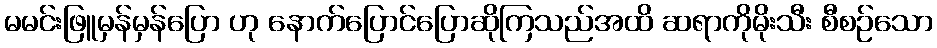
မမင်းဖြူမှန်မှန်ပြော ဟု နောက်ပြောင်ပြောဆိုကြသည်အထိ ဆရာကိုမိုးသီး စီစဉ်သော